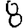
Digit: 8